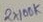
Text: 2X100K